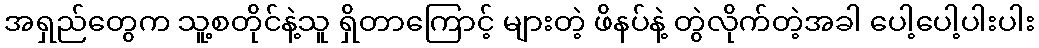
အရှည်တွေက သူ့စတိုင်နဲ့သူ ရှိတာကြောင့် များတဲ့ ဖိနပ်နဲ့ တွဲလိုက်တဲ့အခါ ပေါ့ပေါ့ပါးပါး